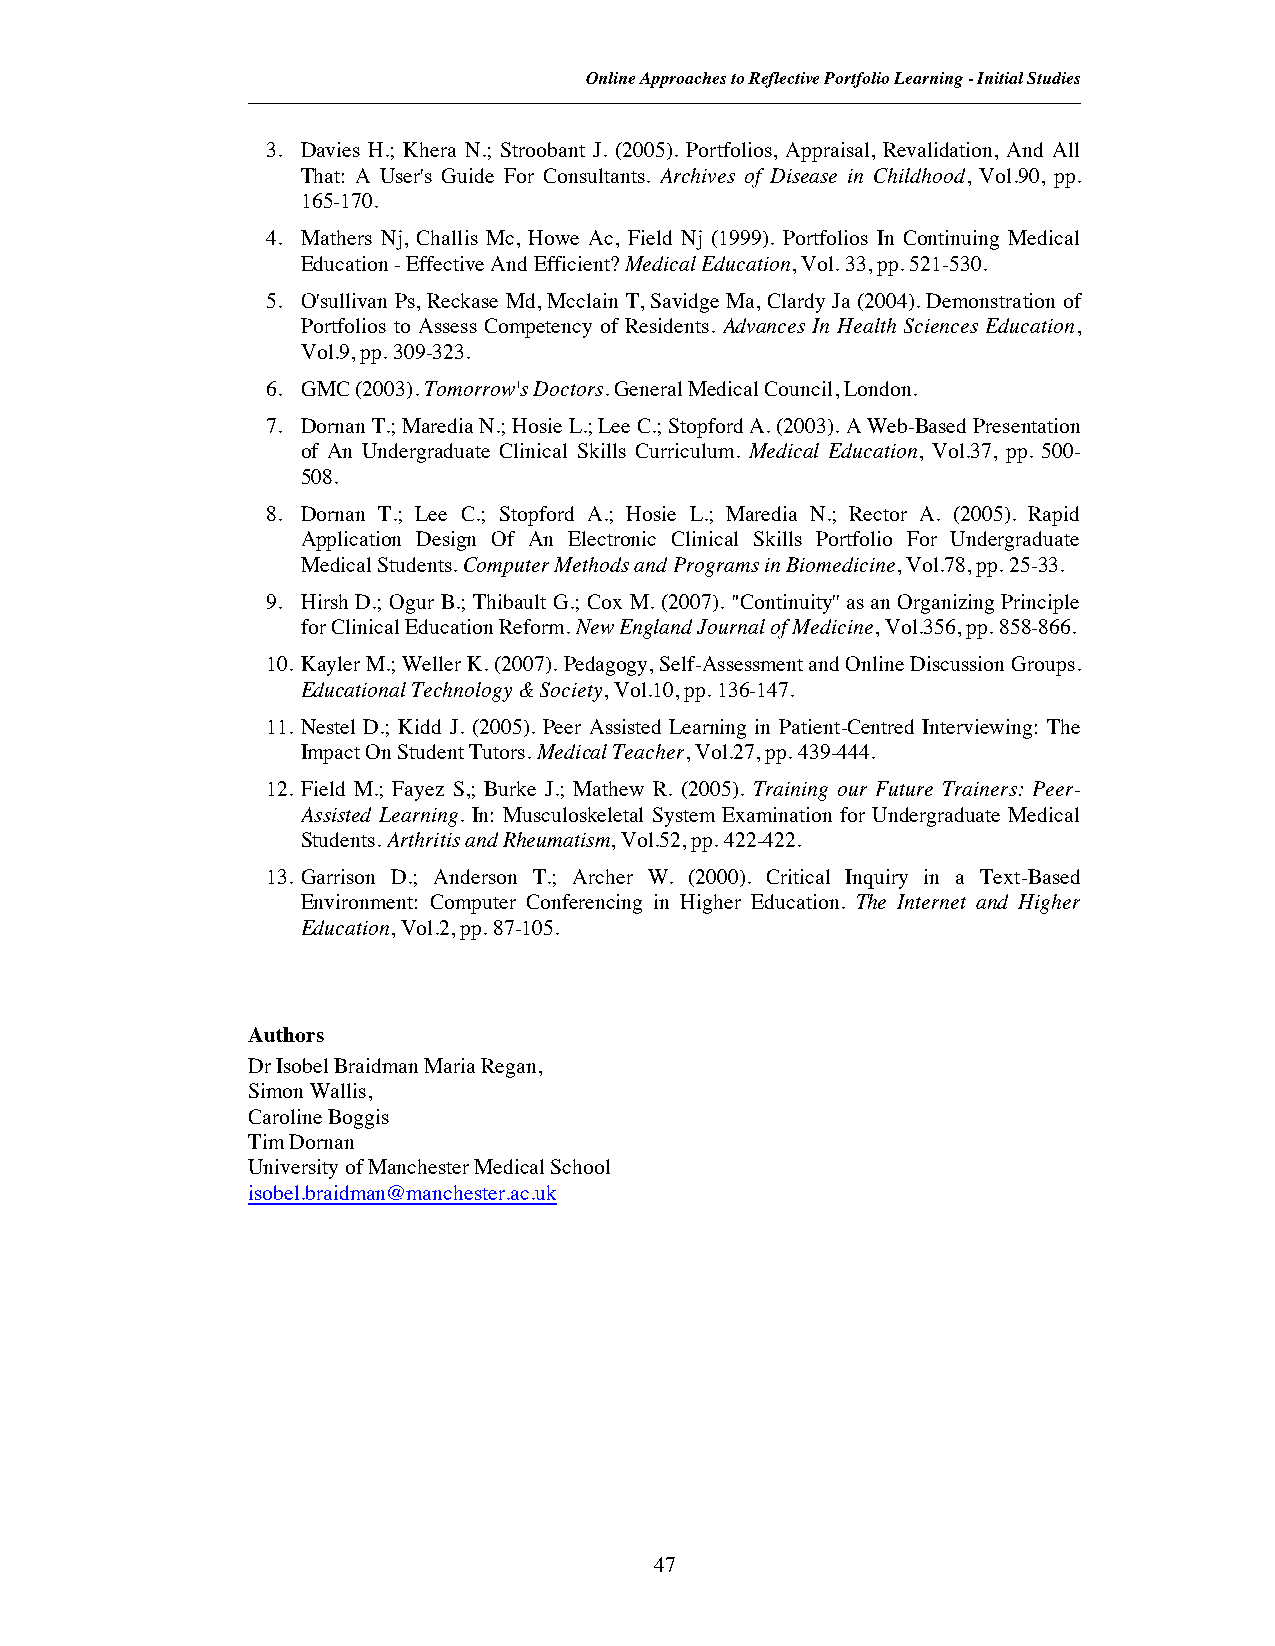
Online Approaches to Reflective Portfolio Learning- Initial Studies
 3. Davies H.; Khera N.; Stroobant J. (2005). Portfolios, Appraisal, Revalidation, And All
 That: A User's Guide For Consultants. Archives of Disease in Childhood, Vol.90, pp.
 165-170.
 4. Mathers Nj, Challis Mc, Howe Ac, Field Nj (1999). Portfolios In Continuing Medical
 Education- Effective And Efficient?Medical Education, Vol.33, pp. 521-530.
 5. O'sullivan Ps, Reckase Md, Mcclain T, Savidge Ma, Clardy Ja (2004). Demonstration of
 Portfolios to Assess Competency of Residents. Advances In Health Sciences Education,
 Vol.9, pp. 309-323.
 6. GMC (2003).Tomorrow's Doctors. General Medical Council, London.
 7. Dornan T.; Maredia N.; Hosie L.; Lee C.; Stopford A. (2003). A Web-Based Presentation
 of An Undergraduate Clinical Skills Curriculum. Medical Education, Vol.37, pp. 500-
 508.
 8. Dornan T.; Lee C.; Stopford A.; Hosie L.; Maredia N.; Rector A. (2005). Rapid
 Application Design Of An Electronic Clinical Skills Portfolio For Undergraduate
 Medical Students.Computer Methods and Programs in Biomedicine,Vol.78, pp. 25-33.
 9. Hirsh D.; Ogur B.; Thibault G.; Cox M. (2007). "Continuity'' as an Organizing Principle
 for Clinical Education Reform.New England Journal of Medicine,Vol.356, pp. 858-866.
 10. Kayler M.; Weller K. (2007). Pedagogy, Self-Assessment and Online Discussion Groups.
 Educational Technology & Society,Vol.10, pp. 136-147.
 11. Nestel D.; Kidd J. (2005). Peer Assisted Learning in Patient-Centred Interviewing: The
 Impact On Student Tutors.Medical Teacher,Vol.27, pp. 439-444.
 12. Field M.; Fayez S,; Burke J.; Mathew R. (2005). Training our Future Trainers: Peer-
 Assisted Learning. In: Musculoskeletal System Examination for Undergraduate Medical
 Students. Arthritis and Rheumatism,Vol.52, pp. 422-422.
 13. Garrison D.; Anderson T.; Archer W. (2000). Critical Inquiry in a Text-Based
 Environment: Computer Conferencing in Higher Education. The Internet and Higher
 Education,Vol.2, pp. 87-105.
 Authors
 Dr Isobel Braidman Maria Regan,
 Simon Wallis,
 Caroline Boggis
 Tim Dornan
 University of Manchester Medical School
 isobel.braidman@manchester.ac.uk
 47